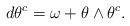
LaTeX: \begin{align*}d\theta^c=\omega+\theta\wedge\theta^c.\end{align*}